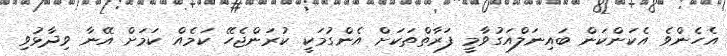
އެހެންވެ އެކަންކަން ބައިނަލްއަގުވާމީ ފަރާތްތަކަށް އެންގުމަކީ ކުރަންޖެހޭ ކަމެއް ކަމަށް އޭނާ ވިދާޅުވި